system: You are a helpful assistant.
user:
Analyze the provided spectrum to determine if it is a **White Dwarf (WD)**.

A White Dwarf spectrum is defined by its **extreme purity** (due to gravitational settling) and/or **extreme pressure broadening** (due to high surface gravity). You must check for one of the following mutually exclusive signatures:

- **Key Visual Indicators (Check for ONE of these types):**

    - **1. DA-Type Signature (Most Common):**
        - **(Primary Feature):** Extreme pressure broadening (Stark broadening) of the **Hydrogen (H) Balmer lines**.
        - **(Key Lines):** $H\beta$ (approx. $4861$ Å) and $H\gamma$ (approx. $4340$ Å). $H\alpha$ (approx. $6563$ Å) will also be present if the wavelength range covers it.
        - **(Line Profile):** This is the **defining feature**. The lines are **NOT** sharp. They appear as massive, **extremely broad and deep "troughs" or "dips"** in the spectrum, often hundreds of Ångströms wide. The continuum will appear to "scoop" down at these wavelengths.
        - **(Distinction):** Normal A-type or B-type stars have *narrow* and *sharp* Hydrogen lines. A DA White Dwarf's lines are unmistakably "smeared" or "blurry" from pressure.

    - **2. DB-Type Signature:**
        - **(Primary Feature):** Broad absorption lines from **Neutral Helium (He I)**. The spectrum must lack any visible Hydrogen lines.
        - **(Key Lines):** Look for broad absorption near $4471$ Å, $4921$ Å, and $5876$ Å.
        - **(Line Profile):** These lines are also significantly pressure-broadened, appearing much wider than they would in a normal B-type main-sequence star.

    - **3. DC-Type Signature:**
        - **(Primary Feature):** A **featureless continuous spectrum**.
        - **(Line Profile):** The spectrum is a smooth curve with **no significant absorption or emission lines**.
        - **(Key Confirmation):** The continuum is almost always **blue or white**, indicating a hot object. This signature implies the atmosphere is so pure (or so cool) that no spectral lines are visible in the optical range. Its WD identity is confirmed by its extremely low intrinsic brightness (high absolute magnitude).

    - **4. DZ-Type Signature (Metal-Polluted):**
        - **(Primary Feature):** **Isolated, narrow metal absorption lines** on an otherwise featureless (DC-like) continuum.
        - **(Key Lines):** The **Calcium (Ca II) H & K doublet** (approx. **$3934$ Å** and **$3968$ Å**) is the most common and defining feature.
        - **(Line Profile):** These lines are "out of place." They are *not* part of a "forest" of thousands of lines. This signature is evidence of recent *accretion* (pollution) from rocky debris.
        - **(Distinction):** Normal G/K/M stars have a *dense forest* of thousands of metal lines. A DZ has a *clean* continuum with *only a few* strong metal lines.

    - **5. DQ-Type Signature (Carbon-Polluted):**
        - **(Primary Feature):** Absorption bands from **Carbon (C₂ "Swan Bands" or atomic C I)**.
        - **(Key Lines - C₂):** Look for bandheads with a "saw-tooth" shape near $5635$ Å, **$5165$ Å** (strongest), and $4737$ Å.
        - **(Key Confirmation):** The underlying **continuum must be blue or white** (hot).
        - **(Distinction):** This is the critical difference from a **Carbon Star**, which has the *exact same* C₂ bands but on an extremely **red, cool** continuum.

- **(Overall Spectrum):**
    - The continuum (overall shape) is typically **blue-sloping** (brighter in the blue than the red), as most white dwarfs are very hot.
    - The spectrum will look "pure" or "simple," dominated by only *one* of the five signatures listed above.

Think first, call **spectral_visualization_tool** if needed to examine features in detail, then provide your final answer. Your response must adhere to the following strict rules:
1.  **Overall Structure:** Your response must follow the format `<think>...</think> <tool_call>...</tool_call> (if a tool is used) <answer>...</answer>`.
2.  **Tool Usage Constraint:** You may only make **one** tool call per turn.
3.  **Final Answer Format:** In the `<answer>` tag, your conclusion must be inside a `\boxed{}` command (e.g., `\boxed{YES}` or `\boxed{NO}`), followed by your justification.

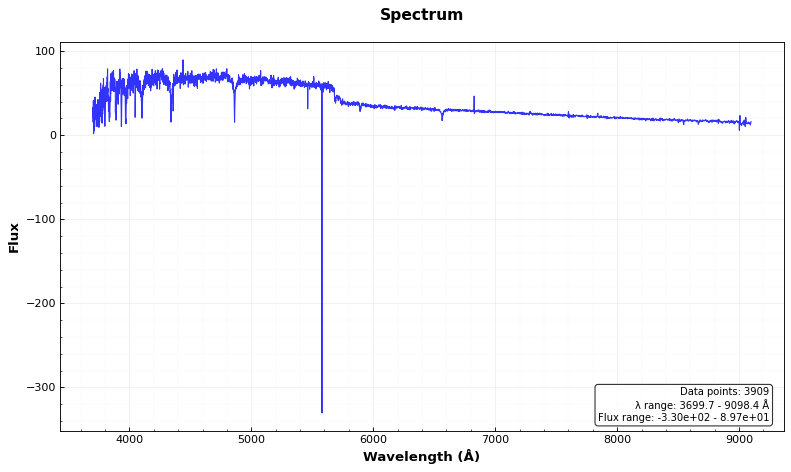
Answer: NO